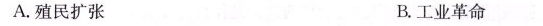
A.殖民扩张 B.工业革命